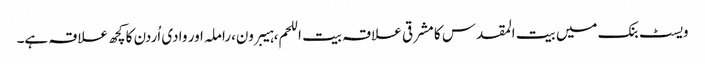
ویسٹ بنک میں بیت المقدس کا مشرقی علاقہ بیت اللحم،ہیبرون،راملہ اور وادی اُردن کا کچھ علاقہ ہے۔